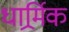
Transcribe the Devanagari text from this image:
धार्र्मिक